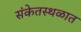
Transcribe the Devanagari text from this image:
संकेतस्थळात